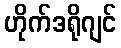
ဟိုက်ဒရိုဂျင်